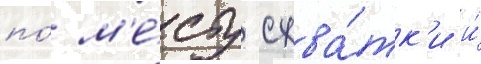
по́ м'е́сту схва́тк'и и́